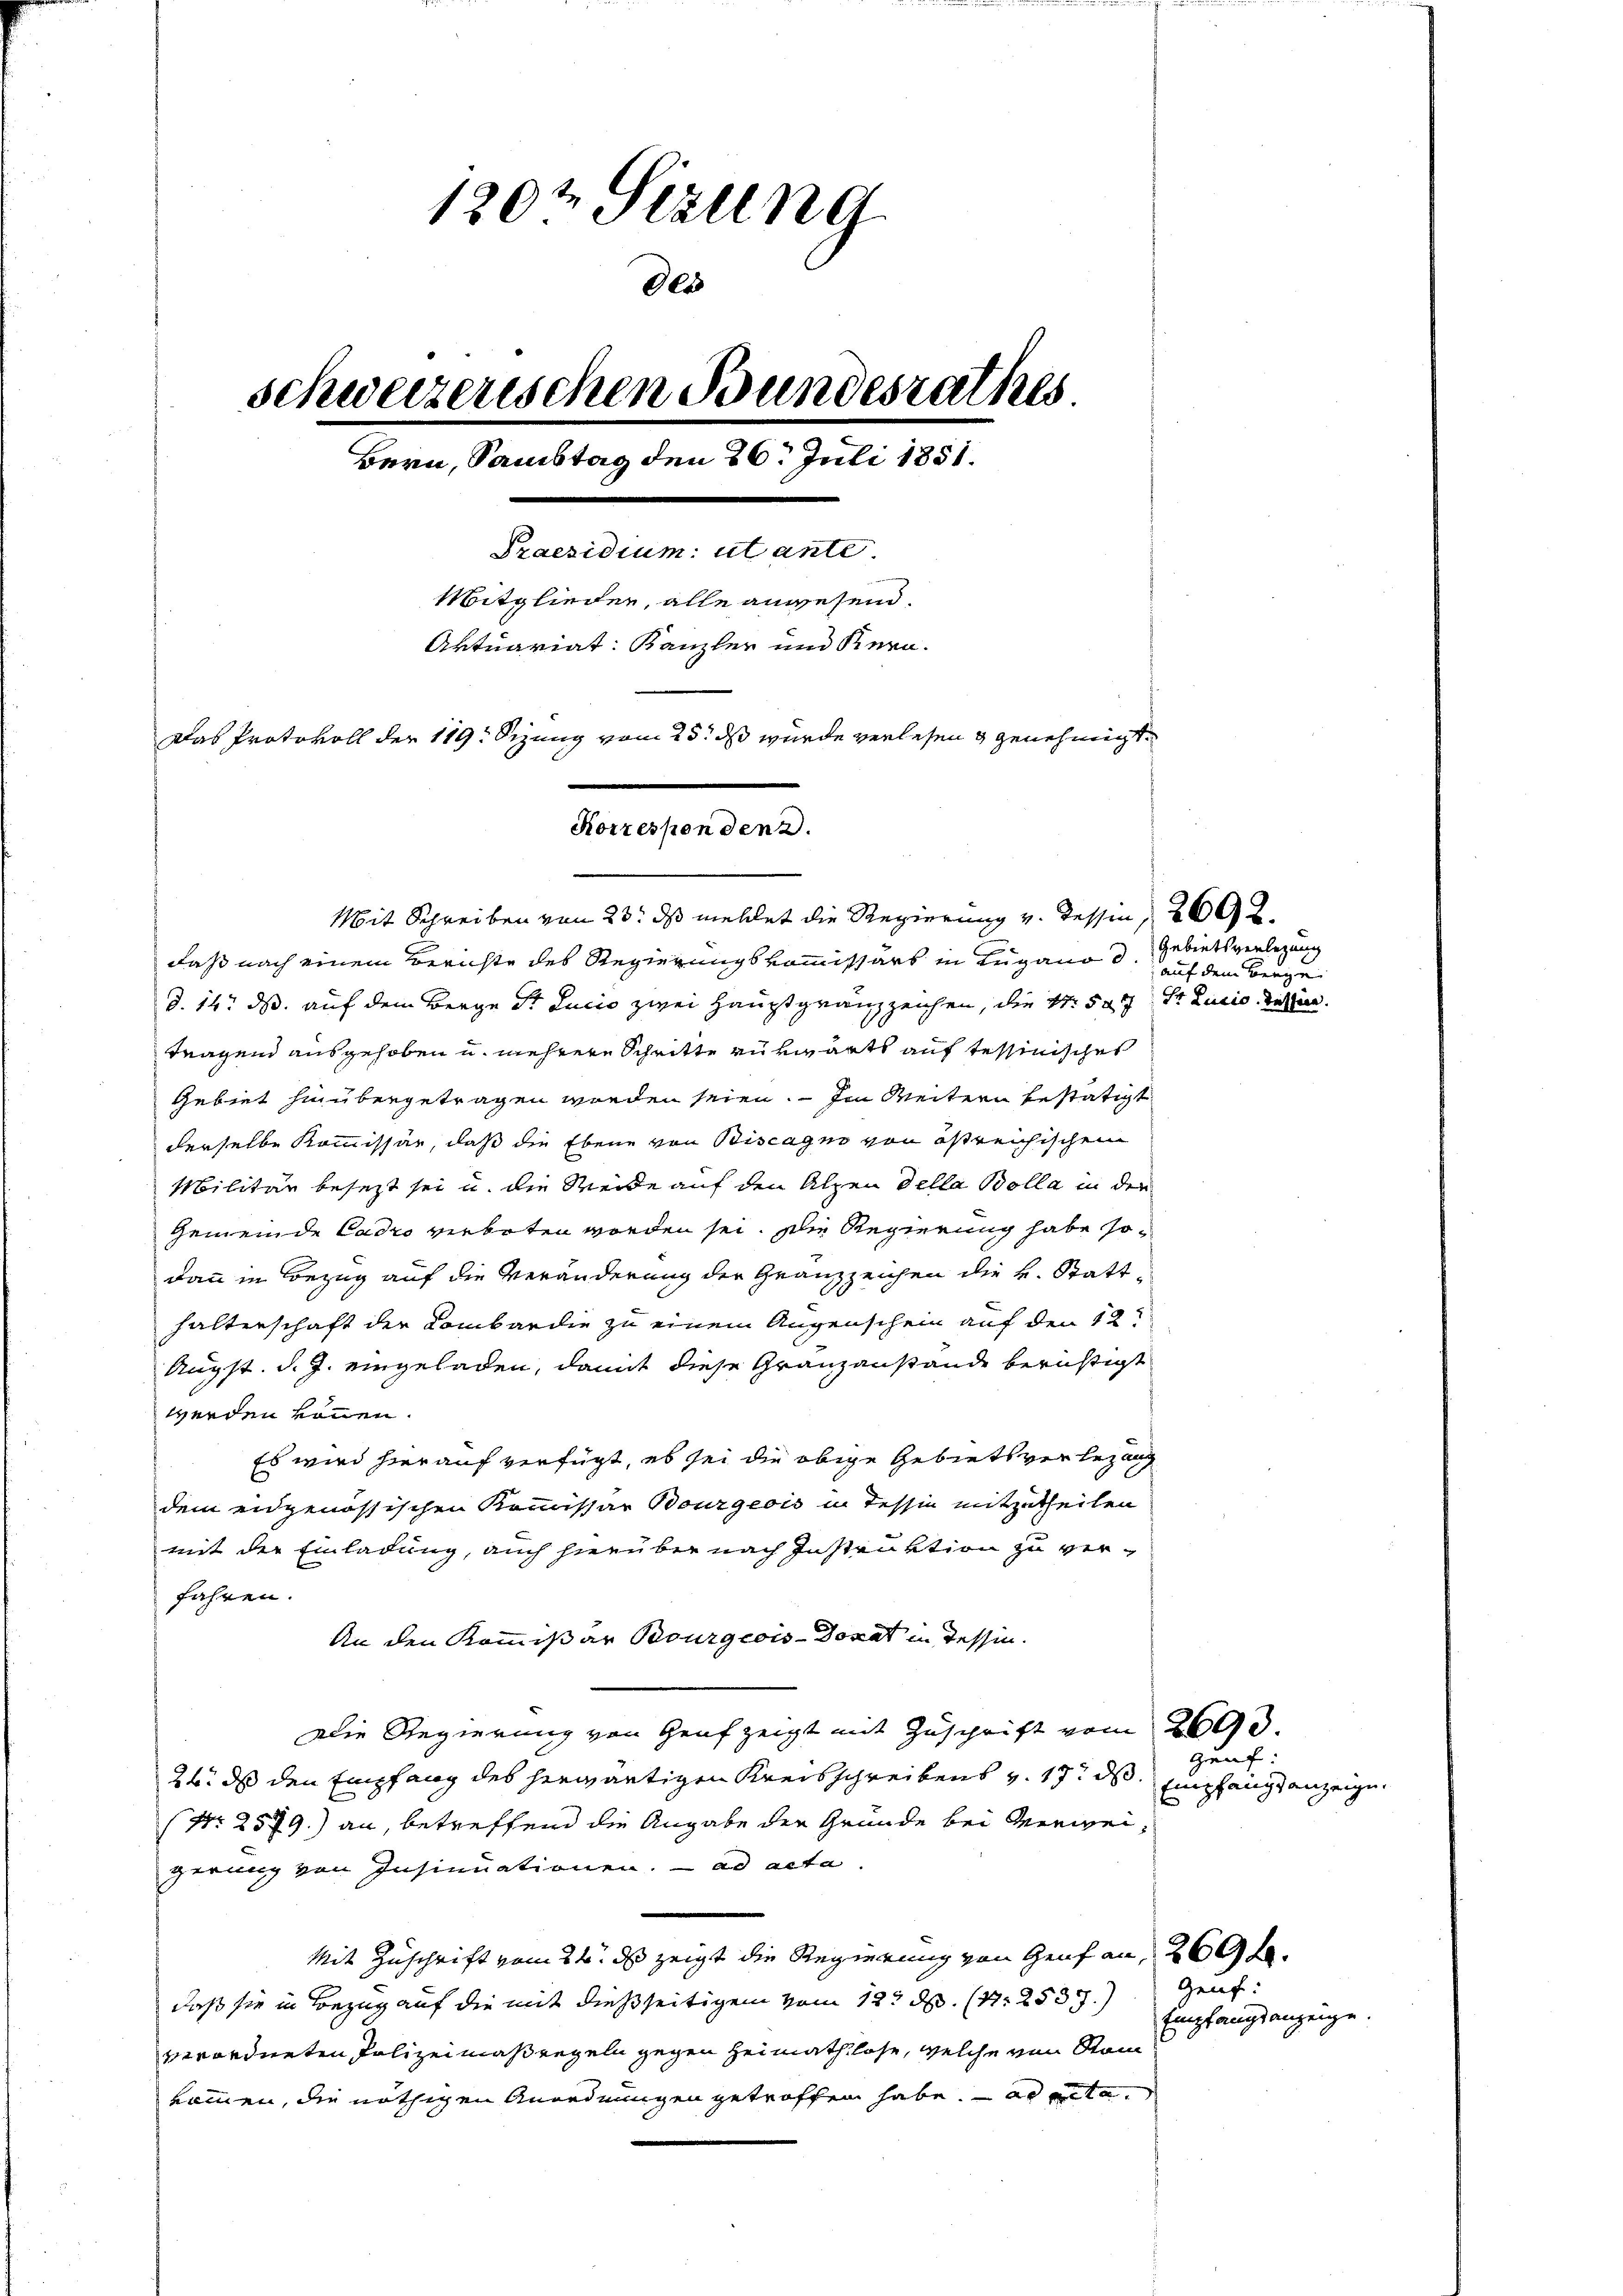
120t Sezung
Dess
schweizerischen Bundesrathes
Bern, Samstag den 26. Juli 1851.
Praesidium ut ante
Mitglieden, alle anwesend.
Aktuariat: Kanzler und Kern-
Das Protokoll der 119. Sizung vom 25. ds wurde verlesen & genehmigt.
Korrespondenz.

Mit Schreiben von 23. ds mehlet die Regierung v. dessen, 2692.
daß nach einem Berichte des Regierungskommissärs in Lugano d. Gebietsverlegung
d. 14. ds. auf dem Berge St. Lucia zwei Hauptgränzzeichen, die N. 527. Dr. Lucia dassen.
tragend ausgehoben u. mehrere Schritte zu viarts auf tessinisches
Gebiet hinübergetragen werden seien. — Im Weitern bestätigt
derselbe Kommissär, daß die Ebene von Biscagno von östreichischen
Militär besezt sei u. die Weide auf den Alpen della Bolla in den
Gemeinde Cadro verboten worden sei. Die Regierung habe sodann in Bezug auf die Veränderung der Granzzeichen die k. Statthalterschaft der Kombardie zu einem Augenschein auf den 12t
Augst. d. J. eingeladen, damit diese Granzanstande berüchtigt
werden können.
Es wird hierauf verfügt, es sei die obige Gebiets verlegung
dem eidgenössischen Kommissar Bourgeois in Tessin mitzutheilen
mit der Einladung, auch hierüber nach Instruktion zu verfahren.
An den Kommißär Bourgeois-Dorat in dessen.
Die Regierung von Graf zeigt mit Zuschrift vom 2693.
24. ds den Empfang des herwärtigen Kreisschreibens v. 17. ds
(Nr. 2579.) an, betreffend die Angabe der Gründe bei Verweigerung von Insinuationen. ad acta
Mit Zuschrift vom 24. ds zeigt die Regierung von Genf an, 269 f.
daß sie in Bezug auf die mit dießseitigem vom 12. d. (N. 2537.) Genf
verordneten Polizei Maßregeln gegen Heimathlose, welche von Stand
kommen, die nöthigen Anordnungen getroffen habe. ad acta.

auf dem Berge

Genf:
Empfangsanzeigen.

Empfangsanzeige